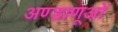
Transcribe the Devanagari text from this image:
अण्डाणूओं